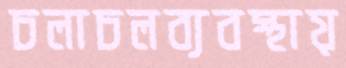
চলাচলব্যবস্থায়